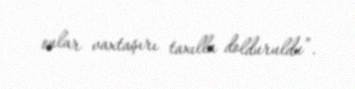
onlar vaxtaşırı taxılla dolduruldu”.